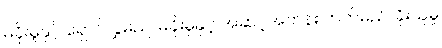
မခိုးမှုနှင့် ရှောင်လွှဲမည်၊ မခိုးမှုနှင့် အဆင့်အတန်း တက်မည်၊ ခိုးယူမှု